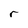
Character: r